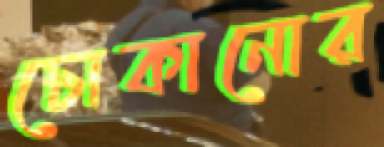
ঢোকানোর